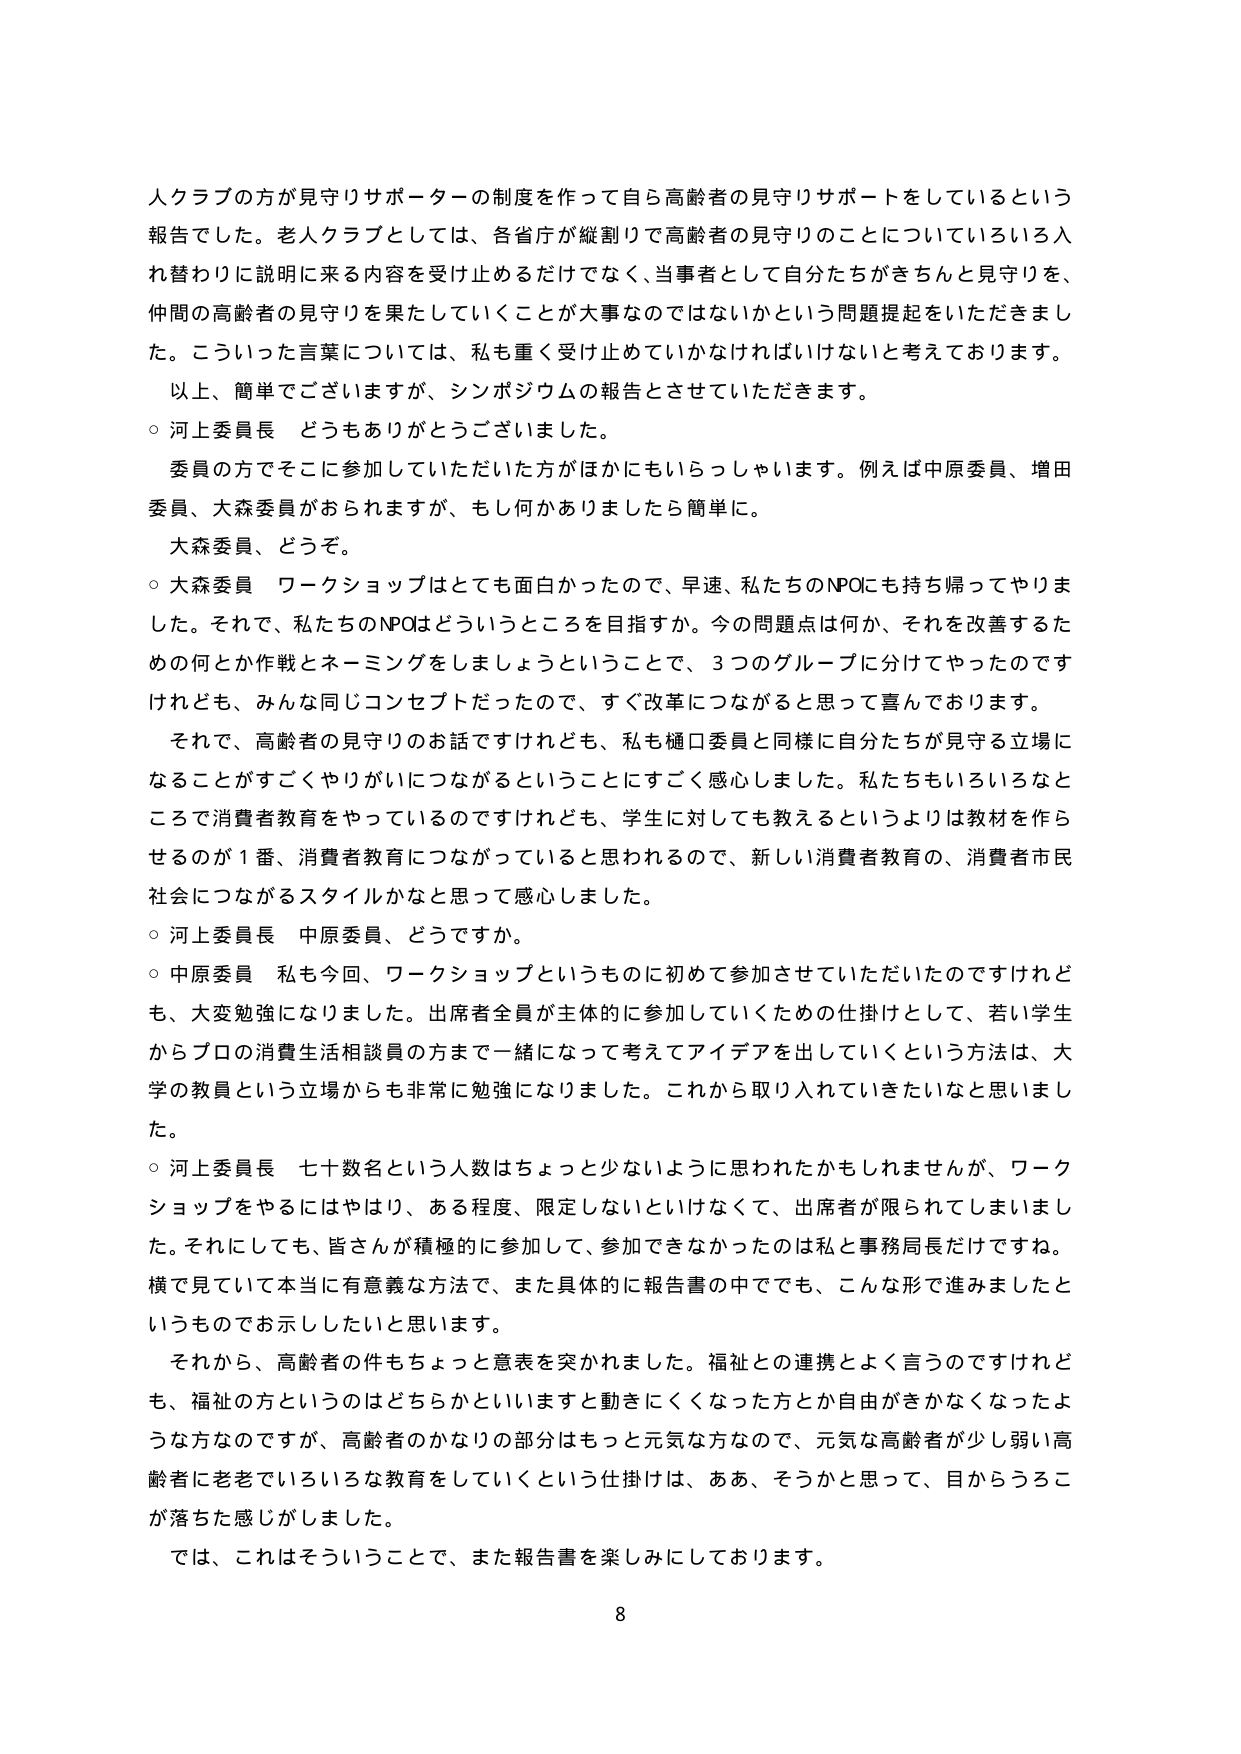
人クラブの方が見守りサポーターの制度を作って自ら高齢者の見守りサポートをしているという報告でした。老人クラブとしては、各省庁が縦割りで高齢者の見守りのことについていろいろ入れ替わりに説明に来る内容を受け止めるだけでなく、当事者として自分たちがきちんと見守りを、仲間の高齢者の見守りを果たしていくことが大事なのではないかという問題提起をいただきまし た。こういった言葉については、私も重く受け止めていかなければならないと考えております。
以上、簡単でございますが、シンポジウムの報告とさせていただきます。
○ 河上委員長 どうもありがとうございました。
委員の方でそこに参加していただいた方がほかにもいらっしゃいます。例えば中原委員、増田委員、大森委員がおられますが、もし何かありましたら簡単に。
大森委員、どうぞ。
○ 大森委員 ワークショップはとても面白かったので、早速、私たちのNPOにも持ち帰ってやりました。それで、私たちのNPOはどういうところを目指すか。今の問題点は何か、それを改善するための何か作戦とネーミングをしましょうということで、3つのグループに分けてやったのですけれども、みんな同じコンセプトだったので、すぐ改革につながると思って喜んでおります。
それで、高齢者の見守りのお話ですけれども、私も樋口委員と同様に自分たちが見守る立場になることがすごくやりがいにつながるということにすごく感心しました。私たちもいろいろなところで消費者教育をやっているのですけれども、学生に対しても教えるというよりは教材を作らせるのが1番、消費者教育につながっていると思われるので、新しい消費者教育の、消費者市民社会につながるスタイルかなと思って感心しました。
○ 河上委員長 中原委員、どうですか。
○ 中原委員 私も今回、ワークショップというものに初めて参加させていただいたのですけれども、大変勉強になりました。出席者全員が主体的に参加していくための仕掛けとして、若い学生からプロの消費生活相談員の方まで一緒になって考えてアイデアを出していくという方法は、大学の教員という立場からも非常に勉強になりました。これから取り入れていきたいなと思いました。
○ 河上委員長 七十数名という人数はちょっと少ないように思われたかもしれませんが、ワークショップをやるにはやはり、ある程度、限定しないといけなくて、出席者が限られてしまいました。それにしても数、皆さんが積極的に参加して、参加できなかったのは私と事務局長だけですね。横で見ていて本当に有意義な方法で、また具体的に報告書の中でも、こんな形で進みましたというものでお示ししたいと思います。
それから、高齢者の件もちょっと意表を突かれました。福祉との連携とよく言うのですけれども、福祉の方というのはどちらかといいますと動きにくくなった方とか自由がきかなくなったような方なのですが、高齢者のかなりの部分はもっと元気な方なので、元気な高齢者が少し弱い高齢者に老老でいろいろな教育をしていくという仕掛けは、ああ、そうかと思って、目からうろこが落ちた感じがしました。
では、これはそういうことで、また報告書を楽しみにしております。
8